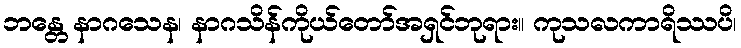
ဘန္တေ နာဂသေန၊ နာဂသိန်ကိုယ်တော်အရှင်ဘုရား။ ကုသလကာရိဿပိ၊